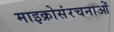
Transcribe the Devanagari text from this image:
माइक्रोसंरचनाओं